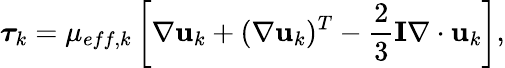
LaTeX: \boldsymbol{\tau}_{k}=\mu_{eff,k}\left[\nabla\mathbf{u}_{k}+(\nabla\mathbf{u}_{k})^{T}-\frac{2}{3}\mathbf{I}\nabla\cdot\mathbf{u}_{k}\right],